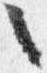
々